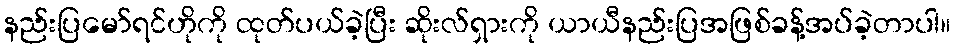
နည်းပြမော်ရင်ဟိုကို ထုတ်ပယ်ခဲ့ပြီး ဆိုးလ်ရှားကို ယာယီနည်းပြအဖြစ်ခန့်အပ်ခဲ့တာပါ။